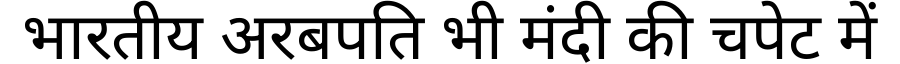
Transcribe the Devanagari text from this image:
भारतीय अरबपति भी मंदी की चपेट में